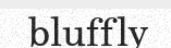
bluffly